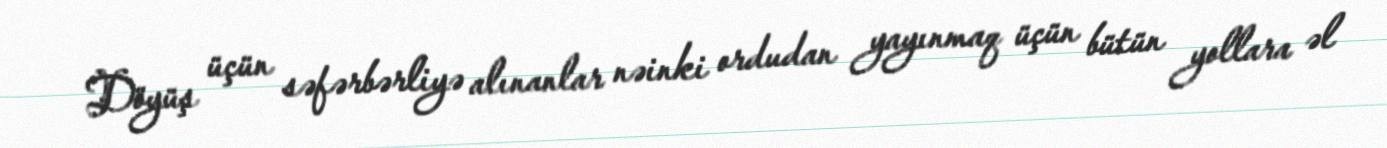
Döyüş üçün səfərbərliyə alınanlar nəinki ordudan yayınmaq üçün bütün yollara əl